Tartu_linna_vaeslastekohus, lk 3
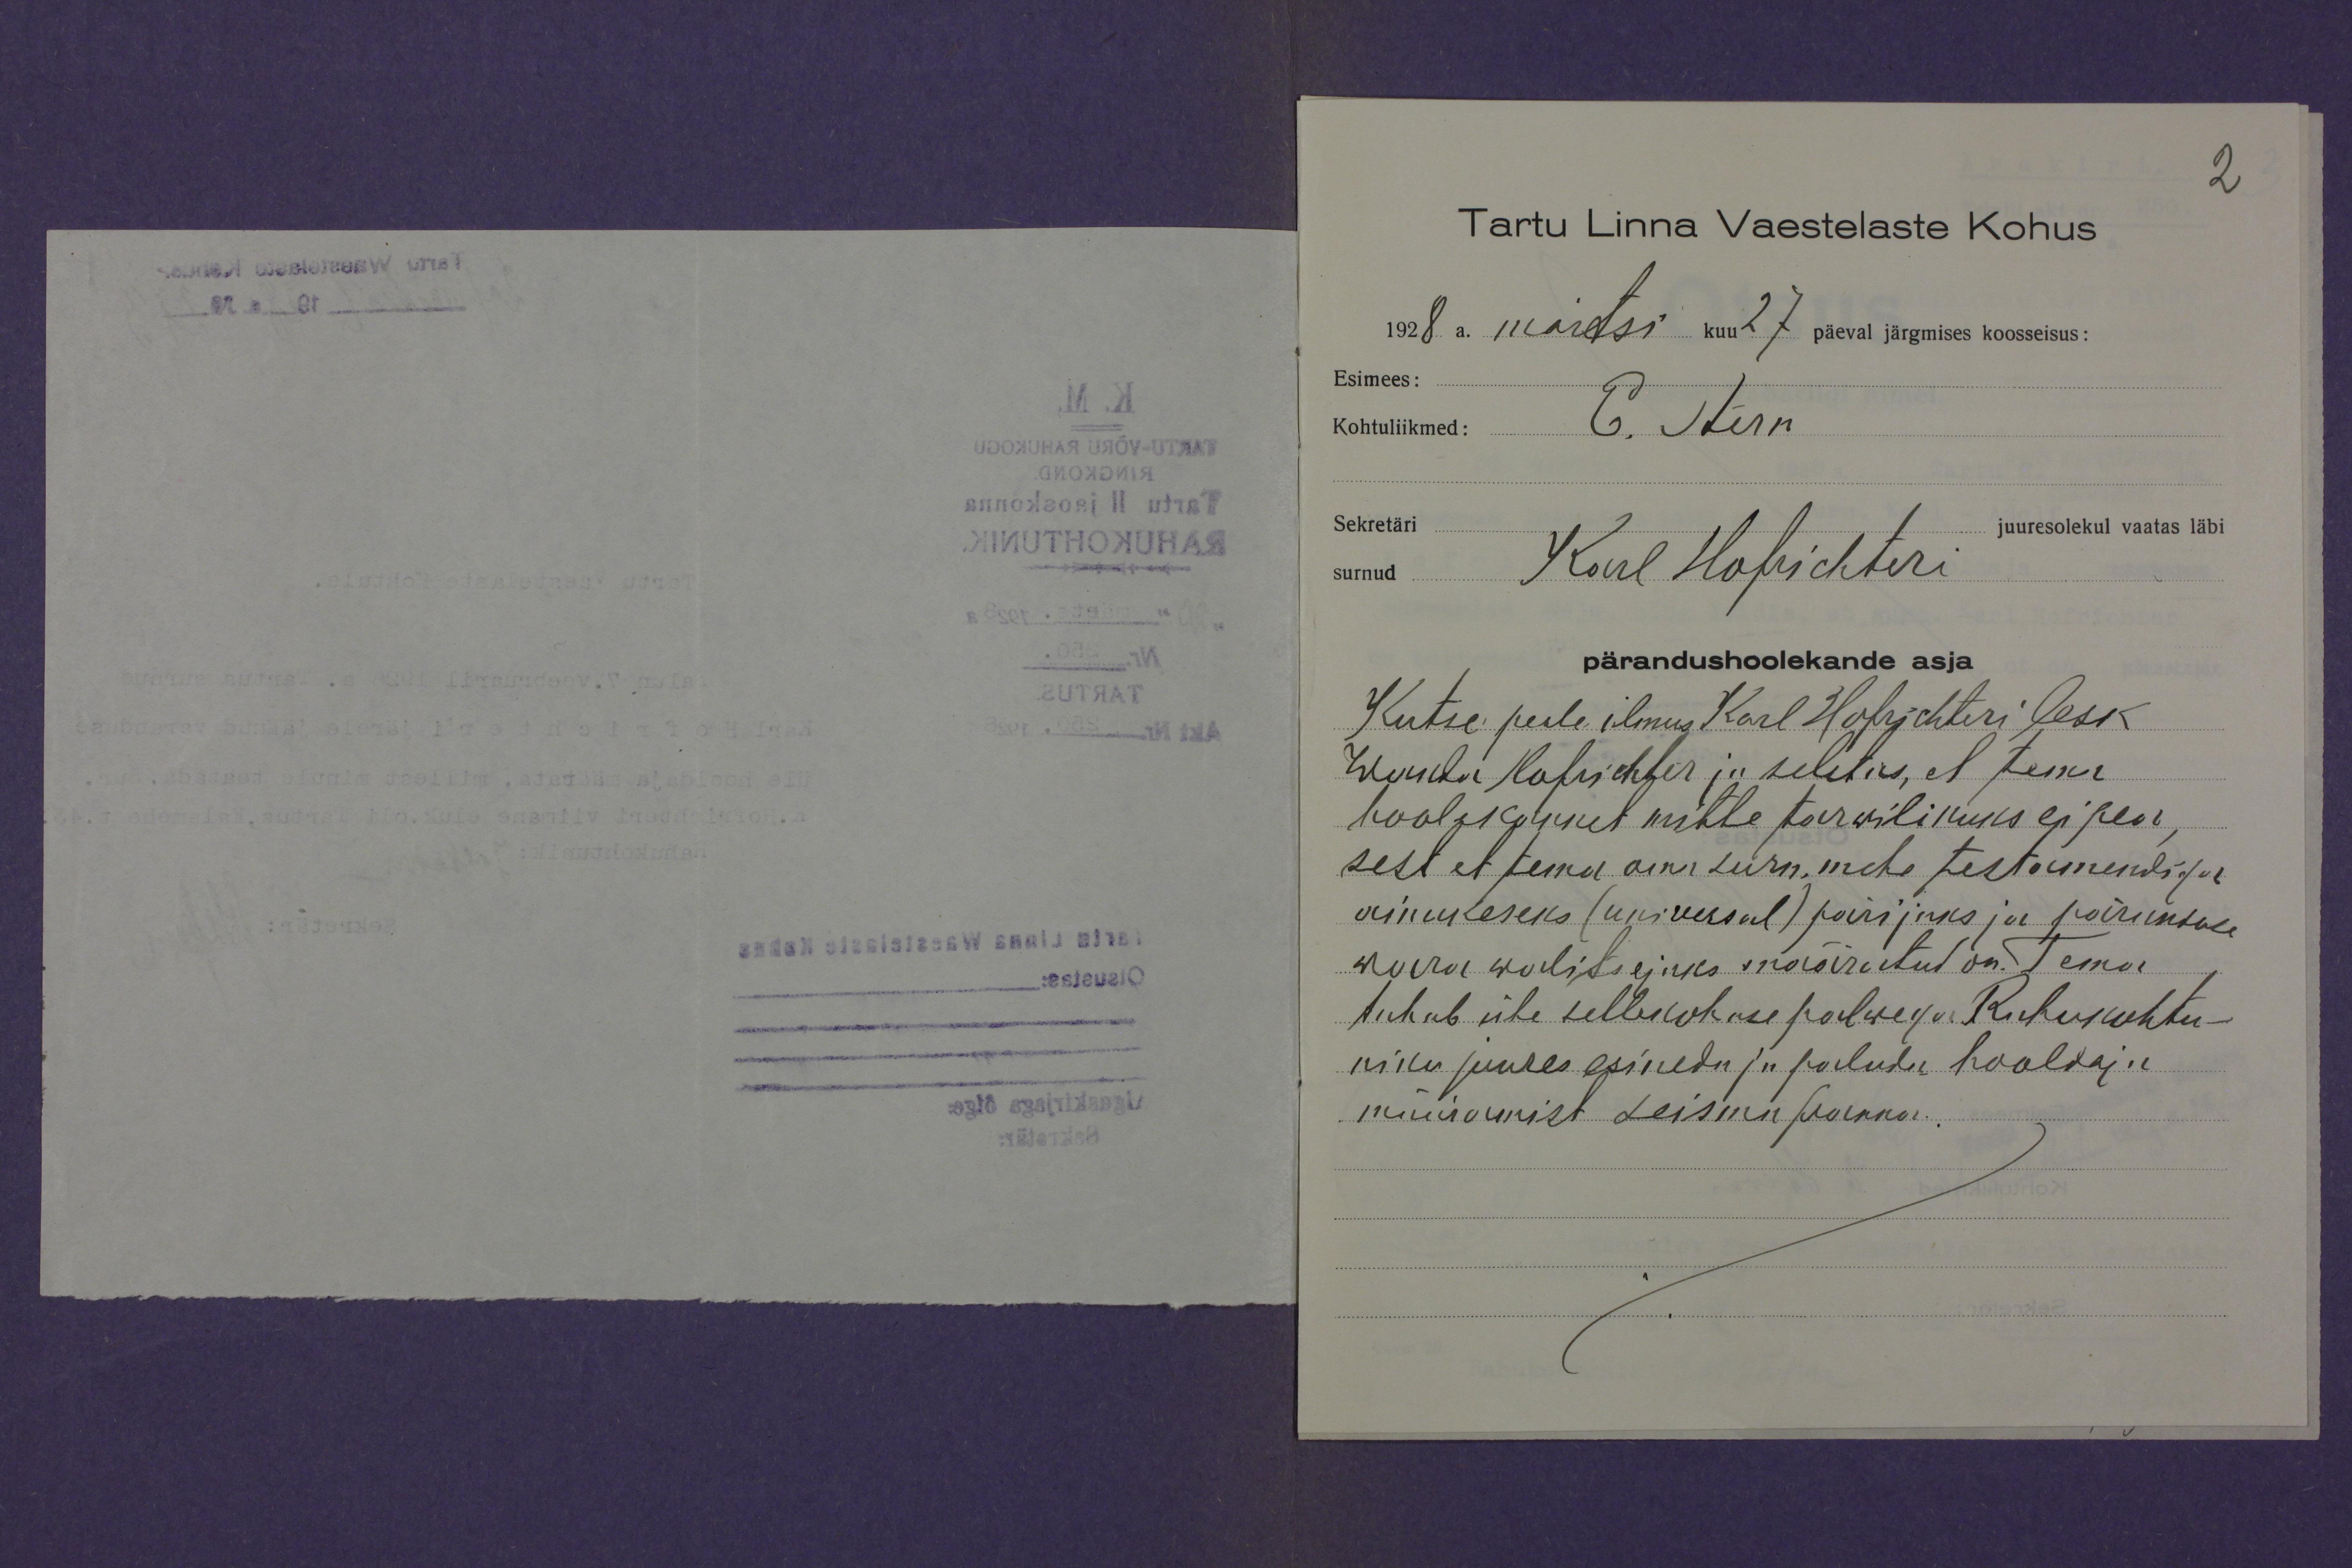
2
Tartu Linna Vaestelaste Kohus
1928 a. märtsi kuu 27 päeval järgmises koosseisus:
Esimees:
Kohtuliikmed: E. Aern
Sekretäri
juuresolekul vaatas läbi
surnud Karl Hofrichteri
pärandushoolekande asja
Kutse peale ilmus Karl Hofrichteri lesk
Kuudu Hofrichter ja seletas, et tema
hoolekannet mitte tarwilikuks ei pea,
sest et tema oma surn. mehe testamendiga
ainukeseks (universal) pärijaks ja päranduse
korra walitsejaks määratud on. Tema
tahab ühe sellekohase palwega Rahukohtu-
niku juures esineda ja paluda hooldaja
muudumist Leisinn Joernon